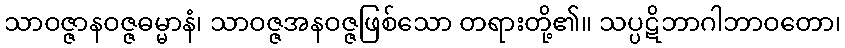
သာဝဇ္ဇာနဝဇ္ဇဓမ္မာနံ၊ သာဝဇ္ဇအနဝဇ္ဇဖြစ်သော တရားတို့၏။ သပ္ပဋိဘာဂါဘာဝတော၊